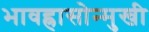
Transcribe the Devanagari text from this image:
भावह्रासोन्मुखी